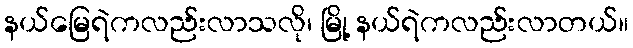
နယ်မြေရဲကလည်းလာသလို၊ မြို့ နယ်ရဲကလည်းလာတယ်။